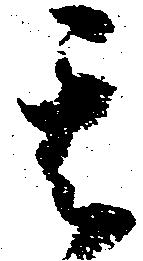
其